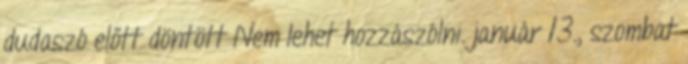
dudaszó előtt döntött Nem lehet hozzászólni. január 13., szombat